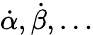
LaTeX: {\dot{\alpha}},{\dot{\beta}},\dots